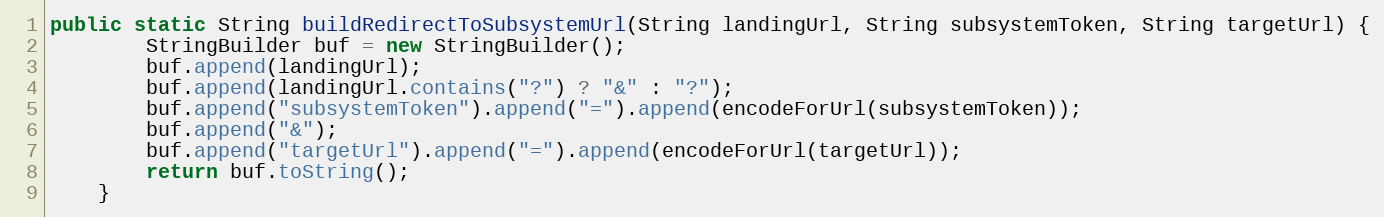
Language: Java
public static String buildRedirectToSubsystemUrl(String landingUrl, String subsystemToken, String targetUrl) {
        StringBuilder buf = new StringBuilder();
        buf.append(landingUrl);
        buf.append(landingUrl.contains("?") ? "&" : "?");
        buf.append("subsystemToken").append("=").append(encodeForUrl(subsystemToken));
        buf.append("&");
        buf.append("targetUrl").append("=").append(encodeForUrl(targetUrl));
        return buf.toString();
    }